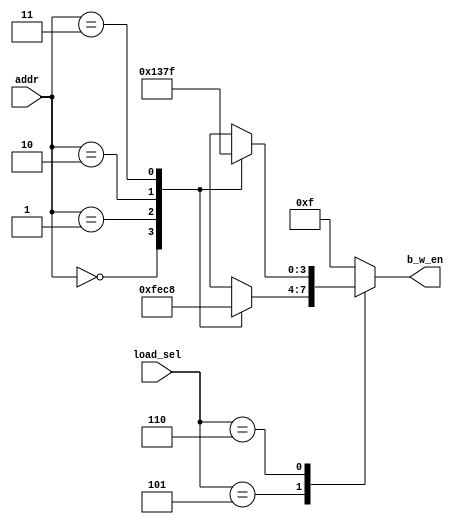
`timescale 1ns / 1ps

module load_b_w_e_gen(
	input [1:0]addr,
	input [2:0]load_sel,
	output [3:0]b_w_en
);

reg [3:0] b_w_en_reg;

always@(*) begin
	case(load_sel)
		3'd5:
			case(addr)
				2'd0: b_w_en_reg=4'b1111;
				2'd1: b_w_en_reg=4'b1110;
				2'd2: b_w_en_reg=4'b1100;
				2'd3: b_w_en_reg=4'b1000;
			endcase
		3'd6:
			case(addr)
				2'd0: b_w_en_reg=4'b0001;
				2'd1: b_w_en_reg=4'b0011;
				2'd2: b_w_en_reg=4'b0111;
				2'd3: b_w_en_reg=4'b1111;
			endcase
        default: 
            b_w_en_reg = 4'b1111;
    endcase
end

assign b_w_en = b_w_en_reg;

endmodule